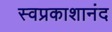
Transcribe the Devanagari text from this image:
स्वप्रकाशानंद